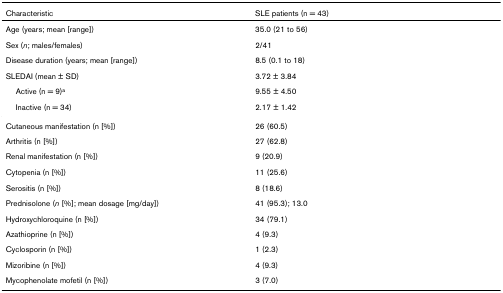
<table><thead><tr><td><b>Characteristic</b></td><td><b>SLE patients (n = 43)</b></td></tr></thead><tbody><tr><td>Age (years; mean [range])</td><td>35.0 (21 to 56)</td></tr><tr><td>Sex (<i>n</i>; males/females)</td><td>2/41</td></tr><tr><td>Disease duration (years; mean [range])</td><td>8.5 (0.1 to 18)</td></tr><tr><td>SLEDAI (mean ± SD)</td><td>3.72 ± 3.84</td></tr><tr><td> Active (n = 9)<sup>a</sup></td><td>9.55 ± 4.50</td></tr><tr><td> Inactive (n = 34)</td><td>2.17 ± 1.42</td></tr><tr><td>Cutaneous manifestation (n [%])</td><td>26 (60.5)</td></tr><tr><td>Arthritis (n [%])</td><td>27 (62.8)</td></tr><tr><td>Renal manifestation (n [%])</td><td>9 (20.9)</td></tr><tr><td>Cytopenia (n [%])</td><td>11 (25.6)</td></tr><tr><td>Serositis (n [%])</td><td>8 (18.6)</td></tr><tr><td>Prednisolone (<i>n </i>[%]; mean dosage [mg/day])</td><td>41 (95.3); 13.0</td></tr><tr><td>Hydroxychloroquine (n [%])</td><td>34 (79.1)</td></tr><tr><td>Azathioprine (n [%])</td><td>4 (9.3)</td></tr><tr><td>Cyclosporin (n [%])</td><td>1 (2.3)</td></tr><tr><td>Mizoribine (n [%])</td><td>4 (9.3)</td></tr><tr><td>Mycophenolate mofetil (n [%])</td><td>3 (7.0)</td></tr></tbody></table>